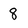
Character: 8